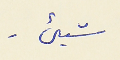
شيء.